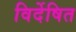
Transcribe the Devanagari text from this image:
विर्देषित